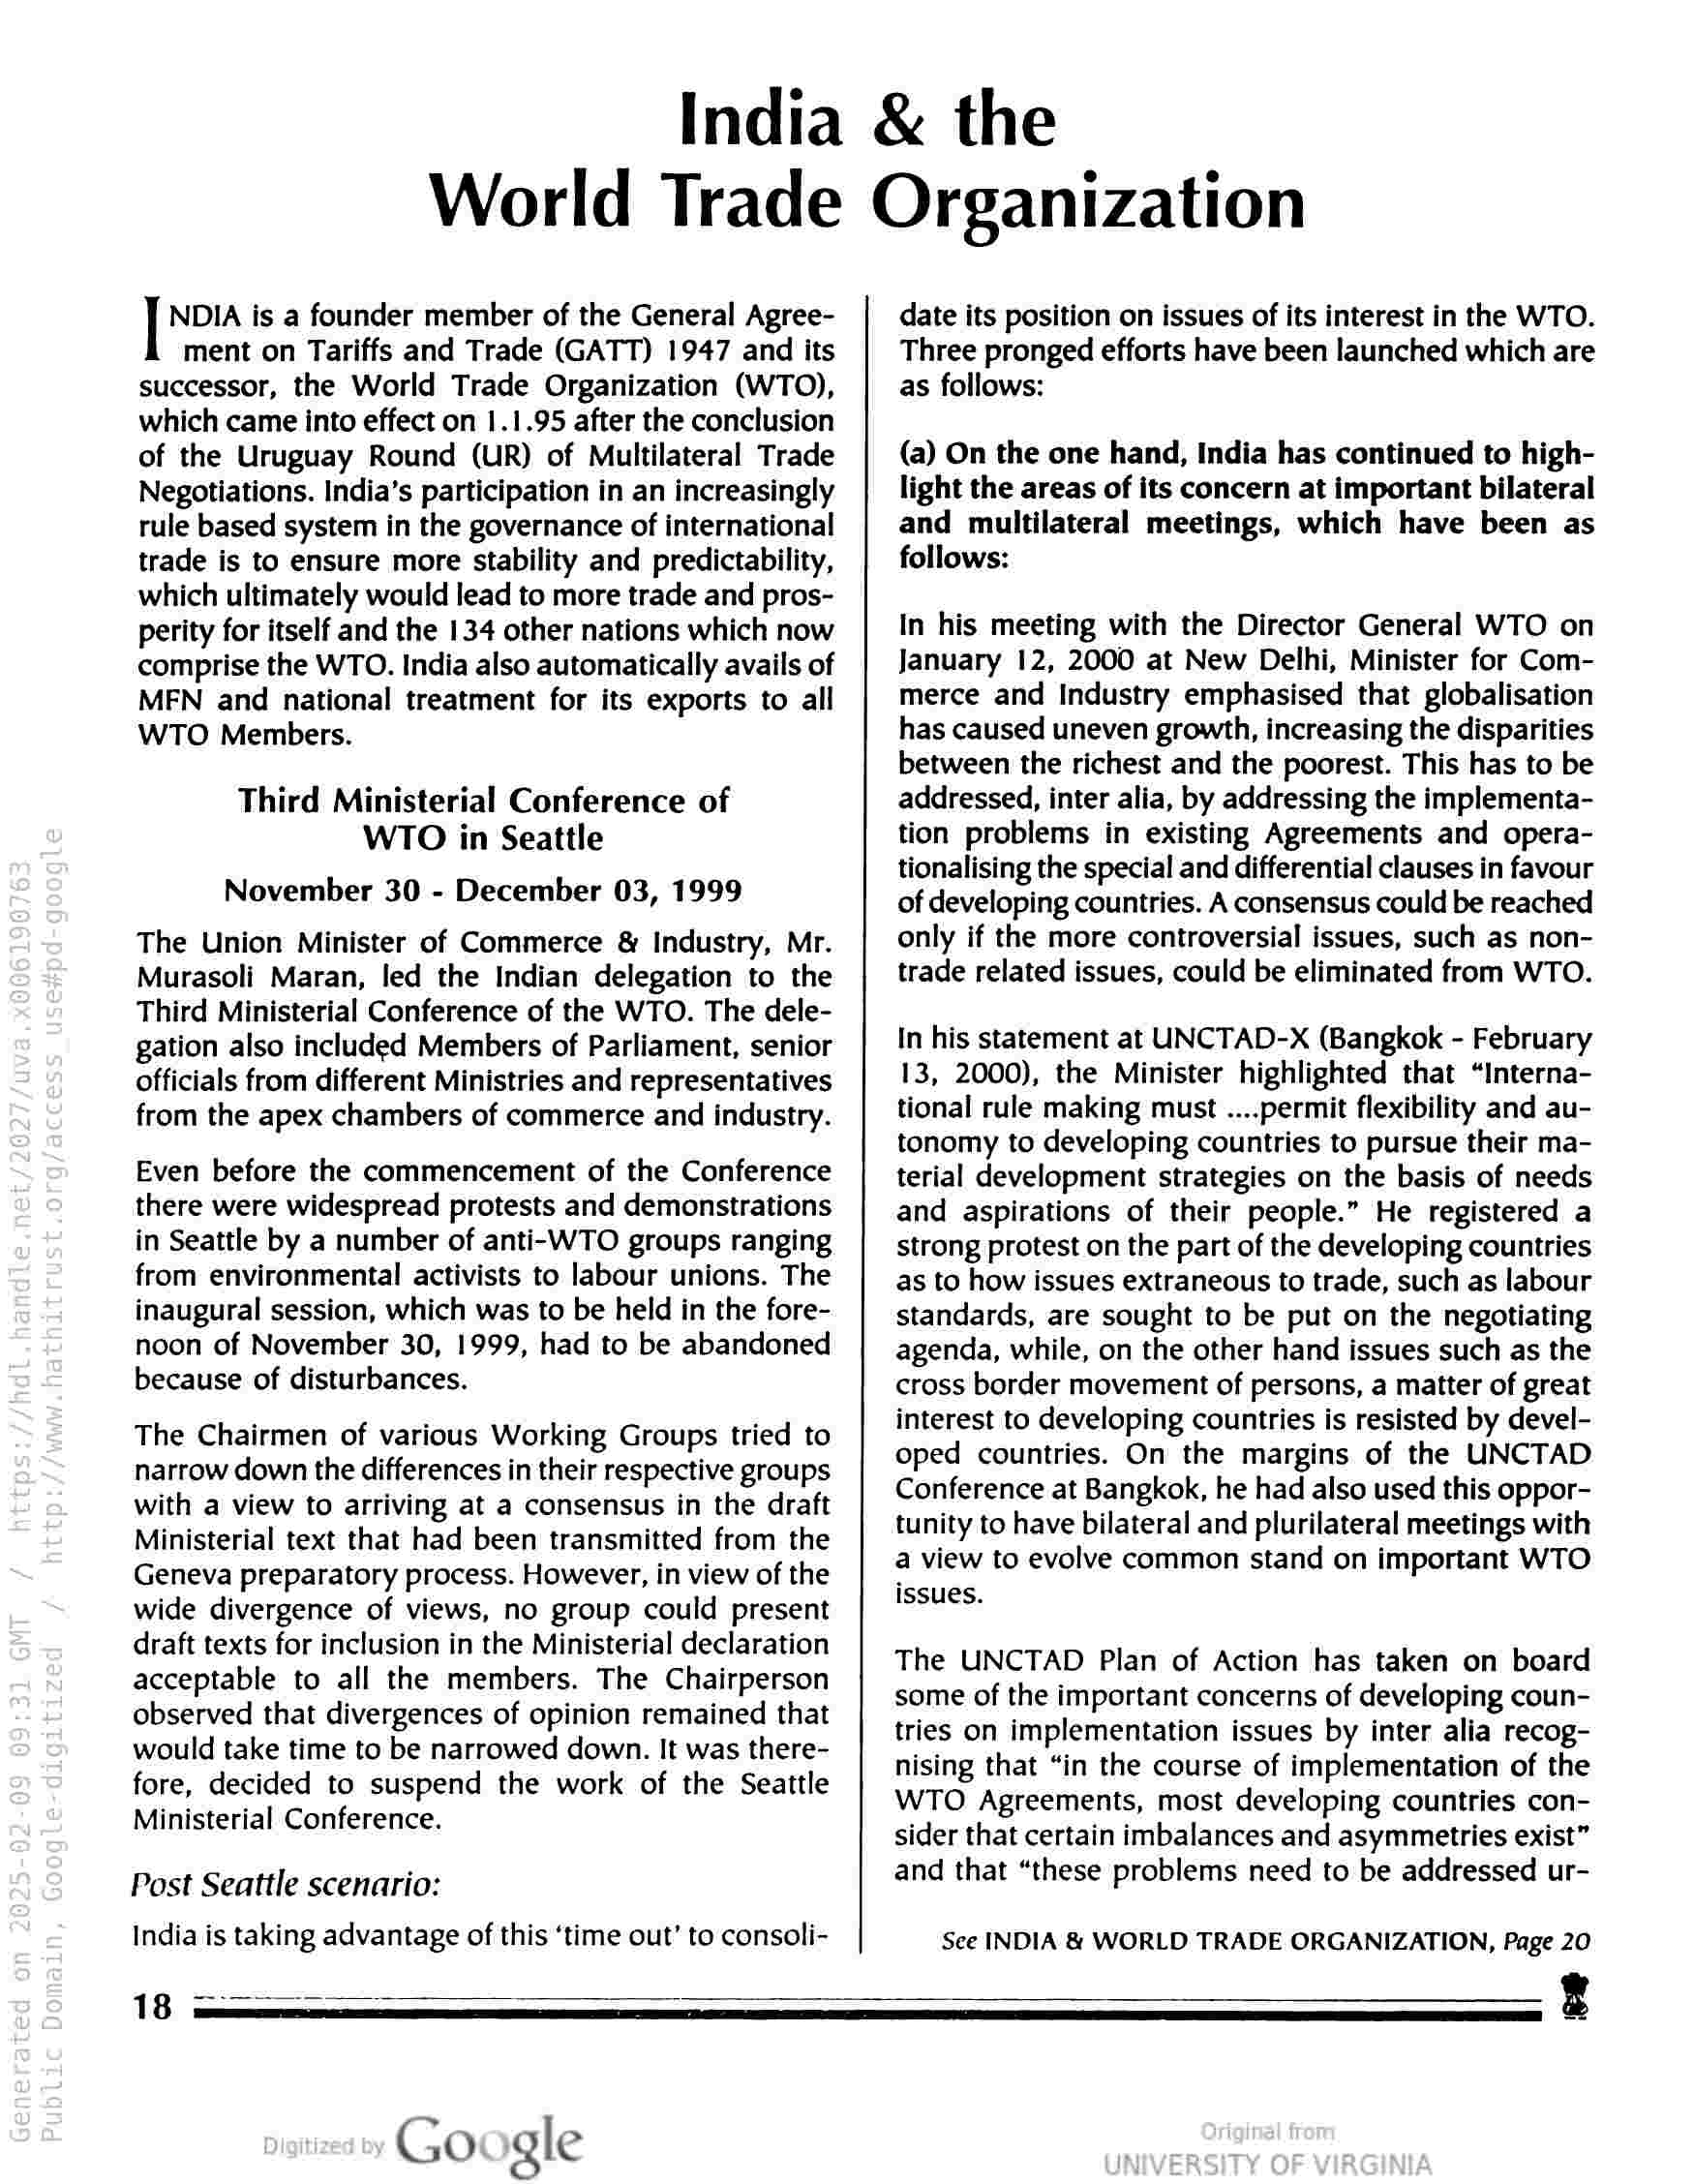
India
World Trade

NDIA is a founder member of the General Agree-
ment on Tariffs and Trade (GATT) 1947 and its
successor, the World Trade Organization (WTO),
which came into effect on 1.1.95 after the conclusion
of the Uruguay Round (UR) of Multilateral Trade
Negotiations. India’s participation in an increasingly
rule based system in the governance of international
trade is to ensure more stability and predictability,
which ultimately would lead to more trade and pros-
perity for itself and the 134 other nations which now
comprise the WTO. India also automatically avails of
MEN and national treatment for its exports to all
WTO Members.

Third Ministerial Conference of
WTO in Seattle

November 30 - December 03, 1999

The Union Minister of Commerce & Industry, Mr.
Murasoli Maran, led the Indian delegation to the
Third Ministerial Conference of the WTO. The dele-
gation also included Members of Parliament, senior
officials from different Ministries and representatives
from the apex chambers of commerce and industry.

Even before the commencement of the Conference
there were widespread protests and demonstrations
in Seattle by a number of anti-WTO groups ranging
from environmental activists to labour unions. The
inaugural session, which was to be held in the fore-
noon of November 30, 1999, had to be abandoned
because of disturbances.

The Chairmen of various Working Groups tried to
narrow down the differences in their respective groups
with a view to arriving at a consensus in the draft
Ministerial text that had been transmitted from the
Geneva preparatory process. However, in view of the
wide divergence of views, no group could present
draft texts for inclusion in the Ministerial declaration
acceptable to all the members. The Chairperson
observed that divergences of opinion remained that
would take time to be narrowed down. It was there-
fore, decided to suspend the work of the Seattle
Ministerial Conference.

Post Seattle scenario:
India is taking advantage of this ‘time out’ to consoli-

& the
Organization

date its position on issues of its interest in the WTO.
Three pronged efforts have been launched which are
as follows:

(a) On the one hand, India has continued to high-
light the areas of its concern at important bilateral
and multilateral meetings, which have been as
follows:

In his meeting with the Director General WTO on
January 12, 2000 at New Delhi, Minister for Com-
merce and Industry emphasised that globalisation
has caused uneven growth, increasing the disparities
between the richest and the poorest. This has to be
addressed, inter alia, by addressing the implementa-
tion problems in existing Agreements and opera-
tionalising the special and differential clauses in favour
of developing countries. A consensus could be reached
only if the more controversial issues, such as non-
trade related issues, could be eliminated from WTO.

In his statement at UNCTAD-X (Bangkok - February
13, 2000), the Minister highlighted that “Interna-
tional rule making must ....permit flexibility and au-
tonomy to developing countries to pursue their ma-
terial development strategies on the basis of needs
and aspirations of their people.” He registered a
strong protest on the part of the developing countries
as to how issues extraneous to trade, such as labour
standards, are sought to be put on the negotiating
agenda, while, on the other hand issues such as the
cross border movement of persons, a matter of great
interest to developing countries is resisted by devel-
oped countries. On the margins of the UNCTAD
Conference at Bangkok, he had also used this oppor-
tunity to have bilateral and plurilateral meetings with
a view to evolve common stand on important WTO
issues.

The UNCTAD Plan of Action has taken on board
some of the important concerns of developing coun-
tries on implementation issues by inter alia recog-
nising that “in the course of implementation of the
WTO Agreements, most developing countries con-
sider that certain imbalances and asymmetries exist”
and that “these problems need to be addressed ur-

See INDIA & WORLD TRADE ORGANIZATION, Page 20

18 ee

Google

3